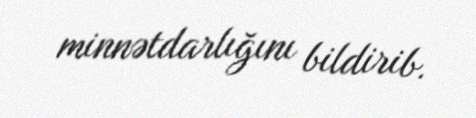
minnətdarlığını bildirib.